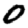
Digit: 0